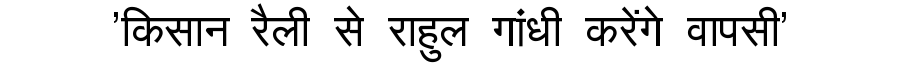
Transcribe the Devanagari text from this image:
'किसान रैली से राहुल गांधी करेंगे वापसी'